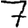
Digit: 7